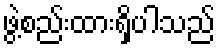
ဖွဲ့စည်းထားရှိပါသည်